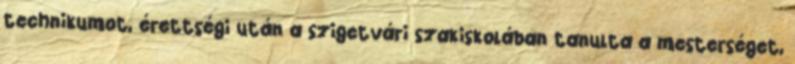
technikumot, érettségi után a szigetvári szakiskolában tanulta a mesterséget,